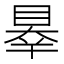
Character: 𥇝